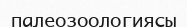
палеозоологиясы